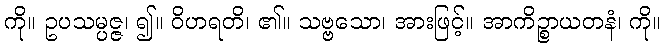
ကို။ ဥပသမ္ပဇ္ဇ၊ ၍။ ဝိဟရတိ၊ ၏။ သဗ္ဗသော၊ အားဖြင့်။ အာကိဉ္စာယတနံ၊ ကို။